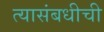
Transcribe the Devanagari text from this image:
त्यासंबधीची